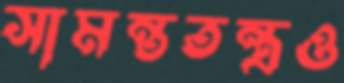
সামন্ততন্ত্রও